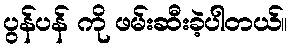
ပွန်ပန် ကို ဖမ်းဆီးခဲ့ပါတယ်။